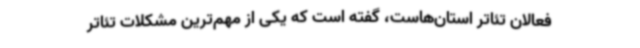
فعالان تئاتر استان‌هاست، گفته است که یکی از مهم‌ترین مشکلات تئاتر